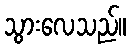
သွားလေသည်။